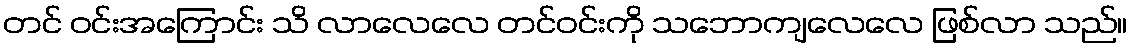
တင် ဝင်းအကြောင်း သိ လာလေလေ တင်ဝင်းကို သဘောကျလေလေ ဖြစ်လာ သည်။